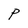
Character: P